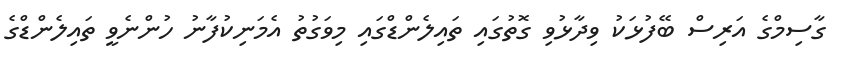
ގާސިމްގެ އަރިސް ބޭފުޅަކު ވިދާޅުވި ގޮތުގައި ތައިލެންޑްގައި މިވަގުތު އެމަނިކުފާނު ހުންނެވީ ތައިލެންޑްގެ